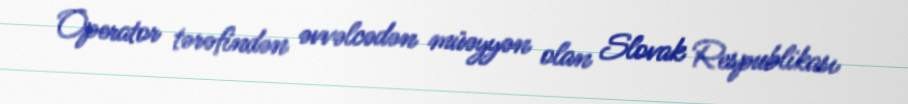
Operator tərəfindən əvvəlcədən müəyyən olan Slovak Respublikası